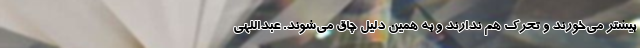
بیشتر می‌خورند و تحرک هم ندارند و به همین دلیل چاق می‌شوند. عبداللهی